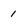
Character: 1